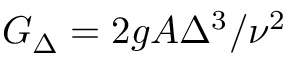
G _ { \Delta } = 2 g A \Delta ^ { 3 } / \nu ^ { 2 }